Triennial report on the lunatic asylums in the province of Eastern Bengal and Assam - 1903-1911
Year: 1903
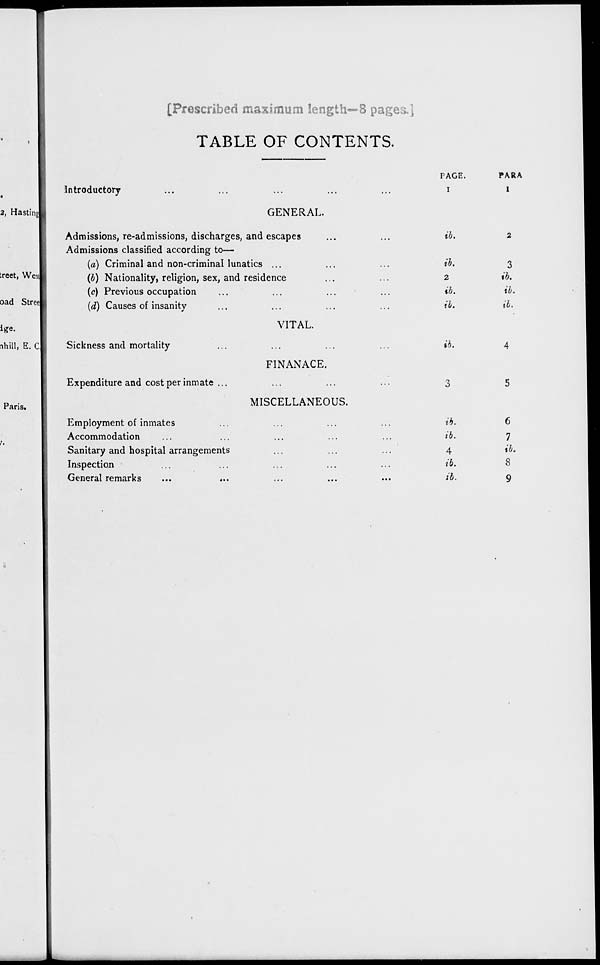
[Prescribed maximum length—8 pages.]
TABLE OF CONTENTS.
Introductory ... ... ... ... ...
GENERAL.
Admissions, re-admissions, discharges, and escapes ... ...
Admissions classified according to—
(a) Criminal and non-criminal lunatics ... ... ...
(b) Nationality, religion, sex, and residence ... ...
(c) Previous occupation ... ... ... ...
(d) Causes of insanity ... ... ... ...
VITAL.
Sickness and mortality ... ... ... ...
FINANACE.
Expenditure and cost per inmate ... ... ... ...
MISCELLANEOUS.
Employment of inmates ... ... ... ...
Accommodation ... ... ... ... ...
Sanitary and hospital arrangements ... ... ...
Inspection ... ... ... ... ...
General remarks
...
... ... ... ...
PAGE.
1
ib.
ib.
2
ib.
ib.
ib.
3
ib.
ib.
4
ib.
ib.
PARA
1
2
3
ib.
ib.
ib.
4
5
6
7
ib.
8
9